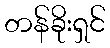
တန်ခိုးရှင်